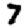
Digit: 7